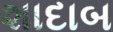
શાદાબ